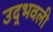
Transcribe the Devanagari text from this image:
उद्‍भवली